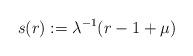
LaTeX: \begin{align*} s(r) := \lambda^{-1}(r - 1 + \mu) \end{align*}